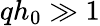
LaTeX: qh_{0}\gg 1